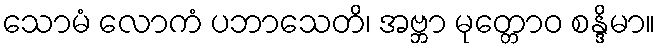
သောမံ လောကံ ပဘာသေတိ၊ အဗ္ဘာ မုတ္တောဝ စန္ဒိမာ။